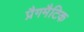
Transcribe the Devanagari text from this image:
प्रैगमैटिक